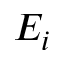
E _ { i }